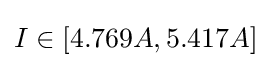
I\in [4.769A,5.417A]